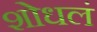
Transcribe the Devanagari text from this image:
शोधलं